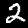
Label: 2